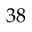
3 8